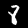
Digit: 8